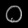
Digit: ၀